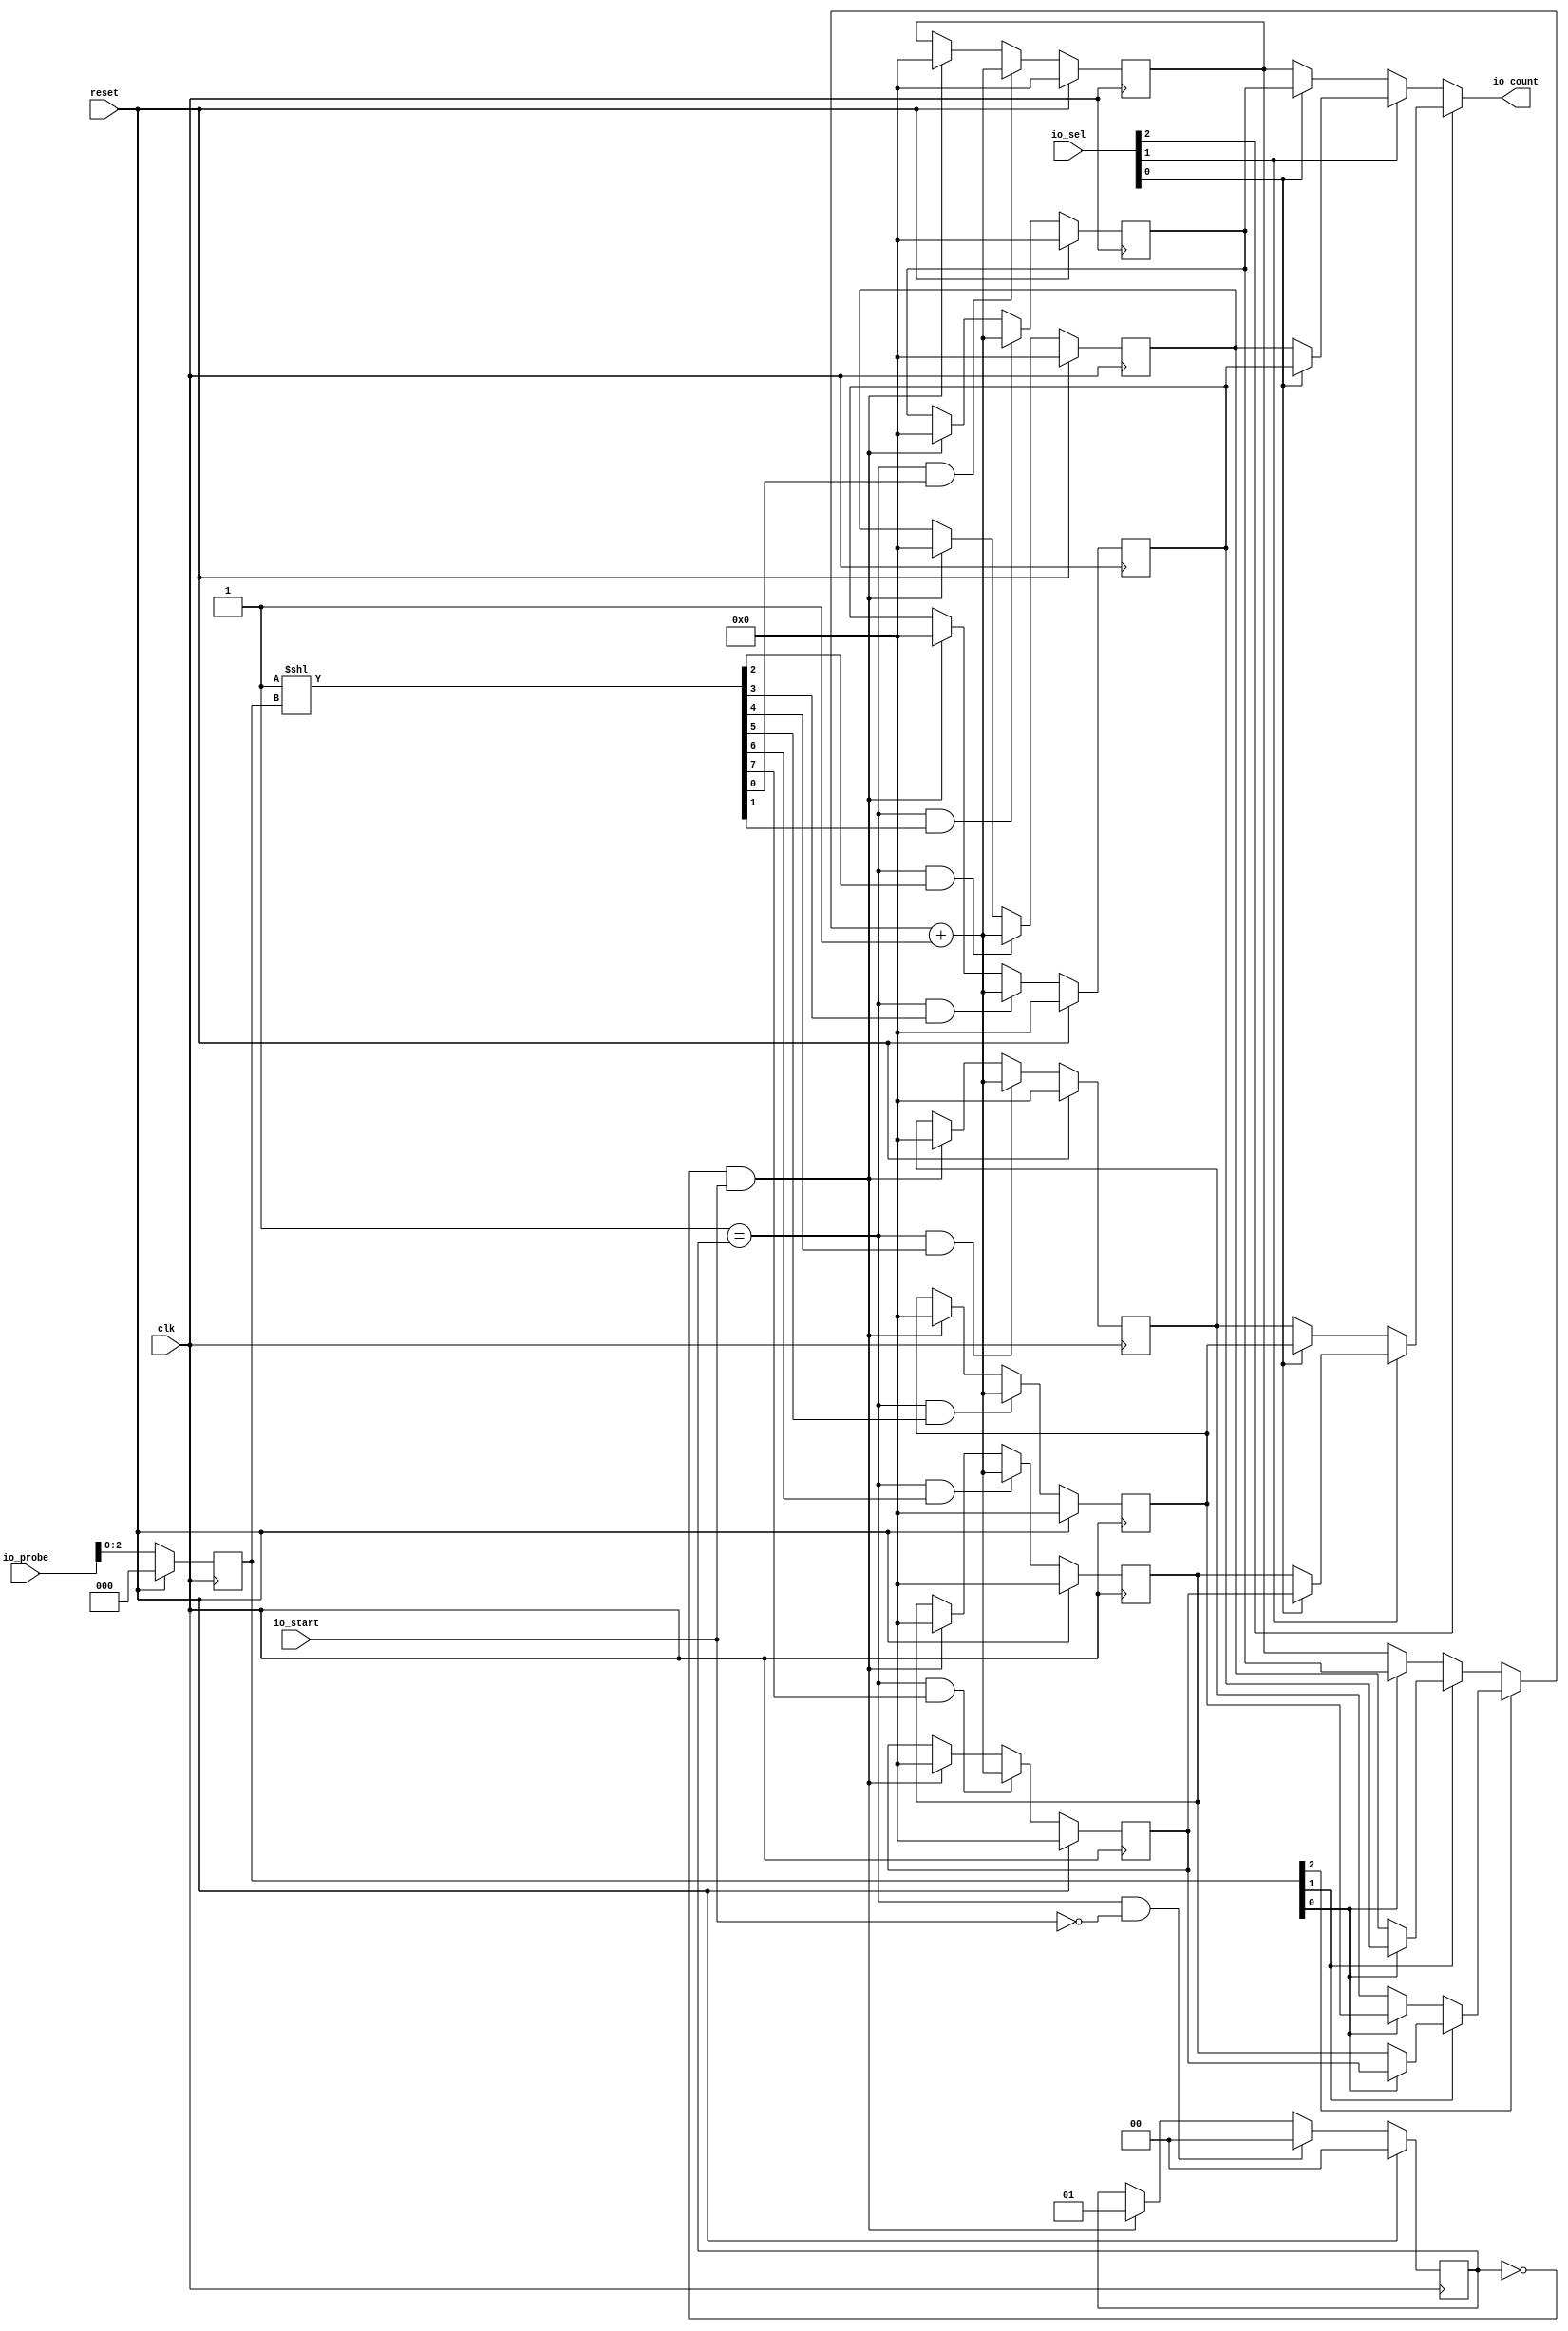
module StateProfiler(input clk, input reset,
    input  io_start,
    input [31:0] io_probe,
    output[31:0] io_count,
    input [2:0] io_sel
);

  wire[31:0] T0;
  wire[31:0] T1;
  wire[31:0] T2;
  reg [31:0] regStateCount_0;
  wire[31:0] T71;
  wire[31:0] T3;
  wire[31:0] T4;
  wire T5;
  wire T6;
  reg [1:0] regState;
  wire[1:0] T72;
  wire[1:0] T7;
  wire[1:0] T8;
  wire T9;
  wire T10;
  wire T11;
  wire[31:0] T12;
  wire[31:0] T13;
  wire[31:0] T14;
  wire[31:0] T15;
  wire T16;
  wire[2:0] T17;
  wire[2:0] T73;
  reg [31:0] regInState;
  wire[31:0] T74;
  wire[31:0] T18;
  reg [31:0] regStateCount_2;
  wire[31:0] T75;
  wire[31:0] T19;
  wire[31:0] T20;
  wire T21;
  wire T22;
  wire[7:0] T23;
  reg [31:0] regStateCount_3;
  wire[31:0] T76;
  wire[31:0] T24;
  wire[31:0] T25;
  wire T26;
  wire T27;
  wire T28;
  wire T29;
  wire[31:0] T30;
  wire[31:0] T31;
  reg [31:0] regStateCount_4;
  wire[31:0] T77;
  wire[31:0] T32;
  wire[31:0] T33;
  wire T34;
  wire T35;
  reg [31:0] regStateCount_5;
  wire[31:0] T78;
  wire[31:0] T36;
  wire[31:0] T37;
  wire T38;
  wire T39;
  wire T40;
  wire[31:0] T41;
  reg [31:0] regStateCount_6;
  wire[31:0] T79;
  wire[31:0] T42;
  wire[31:0] T43;
  wire T44;
  wire T45;
  reg [31:0] regStateCount_7;
  wire[31:0] T80;
  wire[31:0] T46;
  wire[31:0] T47;
  wire T48;
  wire T49;
  wire T50;
  wire T51;
  wire T52;
  wire T53;
  wire T54;
  reg [31:0] regStateCount_1;
  wire[31:0] T81;
  wire[31:0] T55;
  wire[31:0] T56;
  wire T57;
  wire T58;
  wire T59;
  wire[2:0] T60;
  wire[31:0] T61;
  wire T62;
  wire T63;
  wire[31:0] T64;
  wire[31:0] T65;
  wire T66;
  wire[31:0] T67;
  wire T68;
  wire T69;
  wire T70;

`ifndef SYNTHESIS
  integer initvar;
  initial begin
    #0.002;
    regStateCount_0 = {1{$random}};
    regState = {1{$random}};
    regInState = {1{$random}};
    regStateCount_2 = {1{$random}};
    regStateCount_3 = {1{$random}};
    regStateCount_4 = {1{$random}};
    regStateCount_5 = {1{$random}};
    regStateCount_6 = {1{$random}};
    regStateCount_7 = {1{$random}};
    regStateCount_1 = {1{$random}};
  end
`endif

  assign io_count = T0;
  assign T0 = T70 ? T64 : T1;
  assign T1 = T63 ? T61 : T2;
  assign T2 = T59 ? regStateCount_1 : regStateCount_0;
  assign T71 = reset ? 32'h0 : T3;
  assign T3 = T53 ? T12 : T4;
  assign T4 = T5 ? 32'h0 : regStateCount_0;
  assign T5 = T6 & io_start;
  assign T6 = 2'h0 == regState;
  assign T72 = reset ? 2'h0 : T7;
  assign T7 = T9 ? 2'h0 : T8;
  assign T8 = T5 ? 2'h1 : regState;
  assign T9 = T11 & T10;
  assign T10 = io_start ^ 1'h1;
  assign T11 = 2'h1 == regState;
  assign T12 = T13 + 32'h1;
  assign T13 = T52 ? T30 : T14;
  assign T14 = T29 ? T18 : T15;
  assign T15 = T16 ? regStateCount_1 : regStateCount_0;
  assign T16 = T17[1'h0:1'h0];
  assign T17 = T73;
  assign T73 = regInState[2'h2:1'h0];
  assign T74 = reset ? 32'h0 : io_probe;
  assign T18 = T28 ? regStateCount_3 : regStateCount_2;
  assign T75 = reset ? 32'h0 : T19;
  assign T19 = T21 ? T12 : T20;
  assign T20 = T5 ? 32'h0 : regStateCount_2;
  assign T21 = T11 & T22;
  assign T22 = T23[2'h2:2'h2];
  assign T23 = 1'h1 << T17;
  assign T76 = reset ? 32'h0 : T24;
  assign T24 = T26 ? T12 : T25;
  assign T25 = T5 ? 32'h0 : regStateCount_3;
  assign T26 = T11 & T27;
  assign T27 = T23[2'h3:2'h3];
  assign T28 = T17[1'h0:1'h0];
  assign T29 = T17[1'h1:1'h1];
  assign T30 = T51 ? T41 : T31;
  assign T31 = T40 ? regStateCount_5 : regStateCount_4;
  assign T77 = reset ? 32'h0 : T32;
  assign T32 = T34 ? T12 : T33;
  assign T33 = T5 ? 32'h0 : regStateCount_4;
  assign T34 = T11 & T35;
  assign T35 = T23[3'h4:3'h4];
  assign T78 = reset ? 32'h0 : T36;
  assign T36 = T38 ? T12 : T37;
  assign T37 = T5 ? 32'h0 : regStateCount_5;
  assign T38 = T11 & T39;
  assign T39 = T23[3'h5:3'h5];
  assign T40 = T17[1'h0:1'h0];
  assign T41 = T50 ? regStateCount_7 : regStateCount_6;
  assign T79 = reset ? 32'h0 : T42;
  assign T42 = T44 ? T12 : T43;
  assign T43 = T5 ? 32'h0 : regStateCount_6;
  assign T44 = T11 & T45;
  assign T45 = T23[3'h6:3'h6];
  assign T80 = reset ? 32'h0 : T46;
  assign T46 = T48 ? T12 : T47;
  assign T47 = T5 ? 32'h0 : regStateCount_7;
  assign T48 = T11 & T49;
  assign T49 = T23[3'h7:3'h7];
  assign T50 = T17[1'h0:1'h0];
  assign T51 = T17[1'h1:1'h1];
  assign T52 = T17[2'h2:2'h2];
  assign T53 = T11 & T54;
  assign T54 = T23[1'h0:1'h0];
  assign T81 = reset ? 32'h0 : T55;
  assign T55 = T57 ? T12 : T56;
  assign T56 = T5 ? 32'h0 : regStateCount_1;
  assign T57 = T11 & T58;
  assign T58 = T23[1'h1:1'h1];
  assign T59 = T60[1'h0:1'h0];
  assign T60 = io_sel;
  assign T61 = T62 ? regStateCount_3 : regStateCount_2;
  assign T62 = T60[1'h0:1'h0];
  assign T63 = T60[1'h1:1'h1];
  assign T64 = T69 ? T67 : T65;
  assign T65 = T66 ? regStateCount_5 : regStateCount_4;
  assign T66 = T60[1'h0:1'h0];
  assign T67 = T68 ? regStateCount_7 : regStateCount_6;
  assign T68 = T60[1'h0:1'h0];
  assign T69 = T60[1'h1:1'h1];
  assign T70 = T60[2'h2:2'h2];

  always @(posedge clk) begin
    if(reset) begin
      regStateCount_0 <= 32'h0;
    end else if(T53) begin
      regStateCount_0 <= T12;
    end else if(T5) begin
      regStateCount_0 <= 32'h0;
    end
    if(reset) begin
      regState <= 2'h0;
    end else if(T9) begin
      regState <= 2'h0;
    end else if(T5) begin
      regState <= 2'h1;
    end
    if(reset) begin
      regInState <= 32'h0;
    end else begin
      regInState <= io_probe;
    end
    if(reset) begin
      regStateCount_2 <= 32'h0;
    end else if(T21) begin
      regStateCount_2 <= T12;
    end else if(T5) begin
      regStateCount_2 <= 32'h0;
    end
    if(reset) begin
      regStateCount_3 <= 32'h0;
    end else if(T26) begin
      regStateCount_3 <= T12;
    end else if(T5) begin
      regStateCount_3 <= 32'h0;
    end
    if(reset) begin
      regStateCount_4 <= 32'h0;
    end else if(T34) begin
      regStateCount_4 <= T12;
    end else if(T5) begin
      regStateCount_4 <= 32'h0;
    end
    if(reset) begin
      regStateCount_5 <= 32'h0;
    end else if(T38) begin
      regStateCount_5 <= T12;
    end else if(T5) begin
      regStateCount_5 <= 32'h0;
    end
    if(reset) begin
      regStateCount_6 <= 32'h0;
    end else if(T44) begin
      regStateCount_6 <= T12;
    end else if(T5) begin
      regStateCount_6 <= 32'h0;
    end
    if(reset) begin
      regStateCount_7 <= 32'h0;
    end else if(T48) begin
      regStateCount_7 <= T12;
    end else if(T5) begin
      regStateCount_7 <= 32'h0;
    end
    if(reset) begin
      regStateCount_1 <= 32'h0;
    end else if(T57) begin
      regStateCount_1 <= T12;
    end else if(T5) begin
      regStateCount_1 <= 32'h0;
    end
  end
endmodule